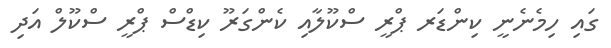
ގައި ހިމެނެނީ ކިންޑަރ ޕްރީ ސްކޫލާއި ކެންގަރޫ ކިޑްސް ޕްރީ ސްކޫލް އަދި